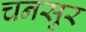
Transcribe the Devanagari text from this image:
चनसुर